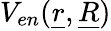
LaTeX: V_{en}(\underline{{r}},\underline{{R}})